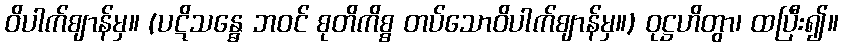
ဝိပါက်ဈာန်မှ။ (ပဋိသန္ဓေ ဘဝင် စုတိကိစ္စ တပ်သောဝိပါက်ဈာန်မှ။) ဝုဋ္ဌဟိတွာ၊ ထပြီး၍။